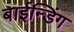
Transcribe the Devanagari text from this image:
बाईन्डिंग